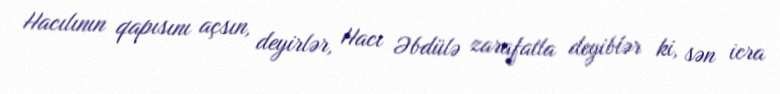
Hacılının qapısını açsın, deyirlər, Hacı Əbdülə zarafatla deyiblər ki, sən icra